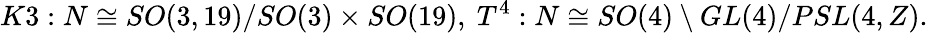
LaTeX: K3:N\cong SO(3,19)/SO(3)\times SO(19),{}~T^{4}:N\cong SO(4)\setminus GL(4)/PSL(4,Z).